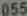
055